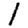
Digit: 1